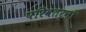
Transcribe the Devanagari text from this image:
परिवतर्नों